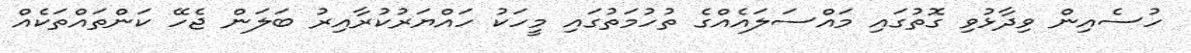
ހުސެއިން ވިދާޅުވި ގޮތުގައި މައްސަލައެއްގެ ތުހުމަތުގައި މީހަކު ހައްޔަރުކުރާއިރު ބަލަން ޖެހޭ ކަންތައްތަކެއް